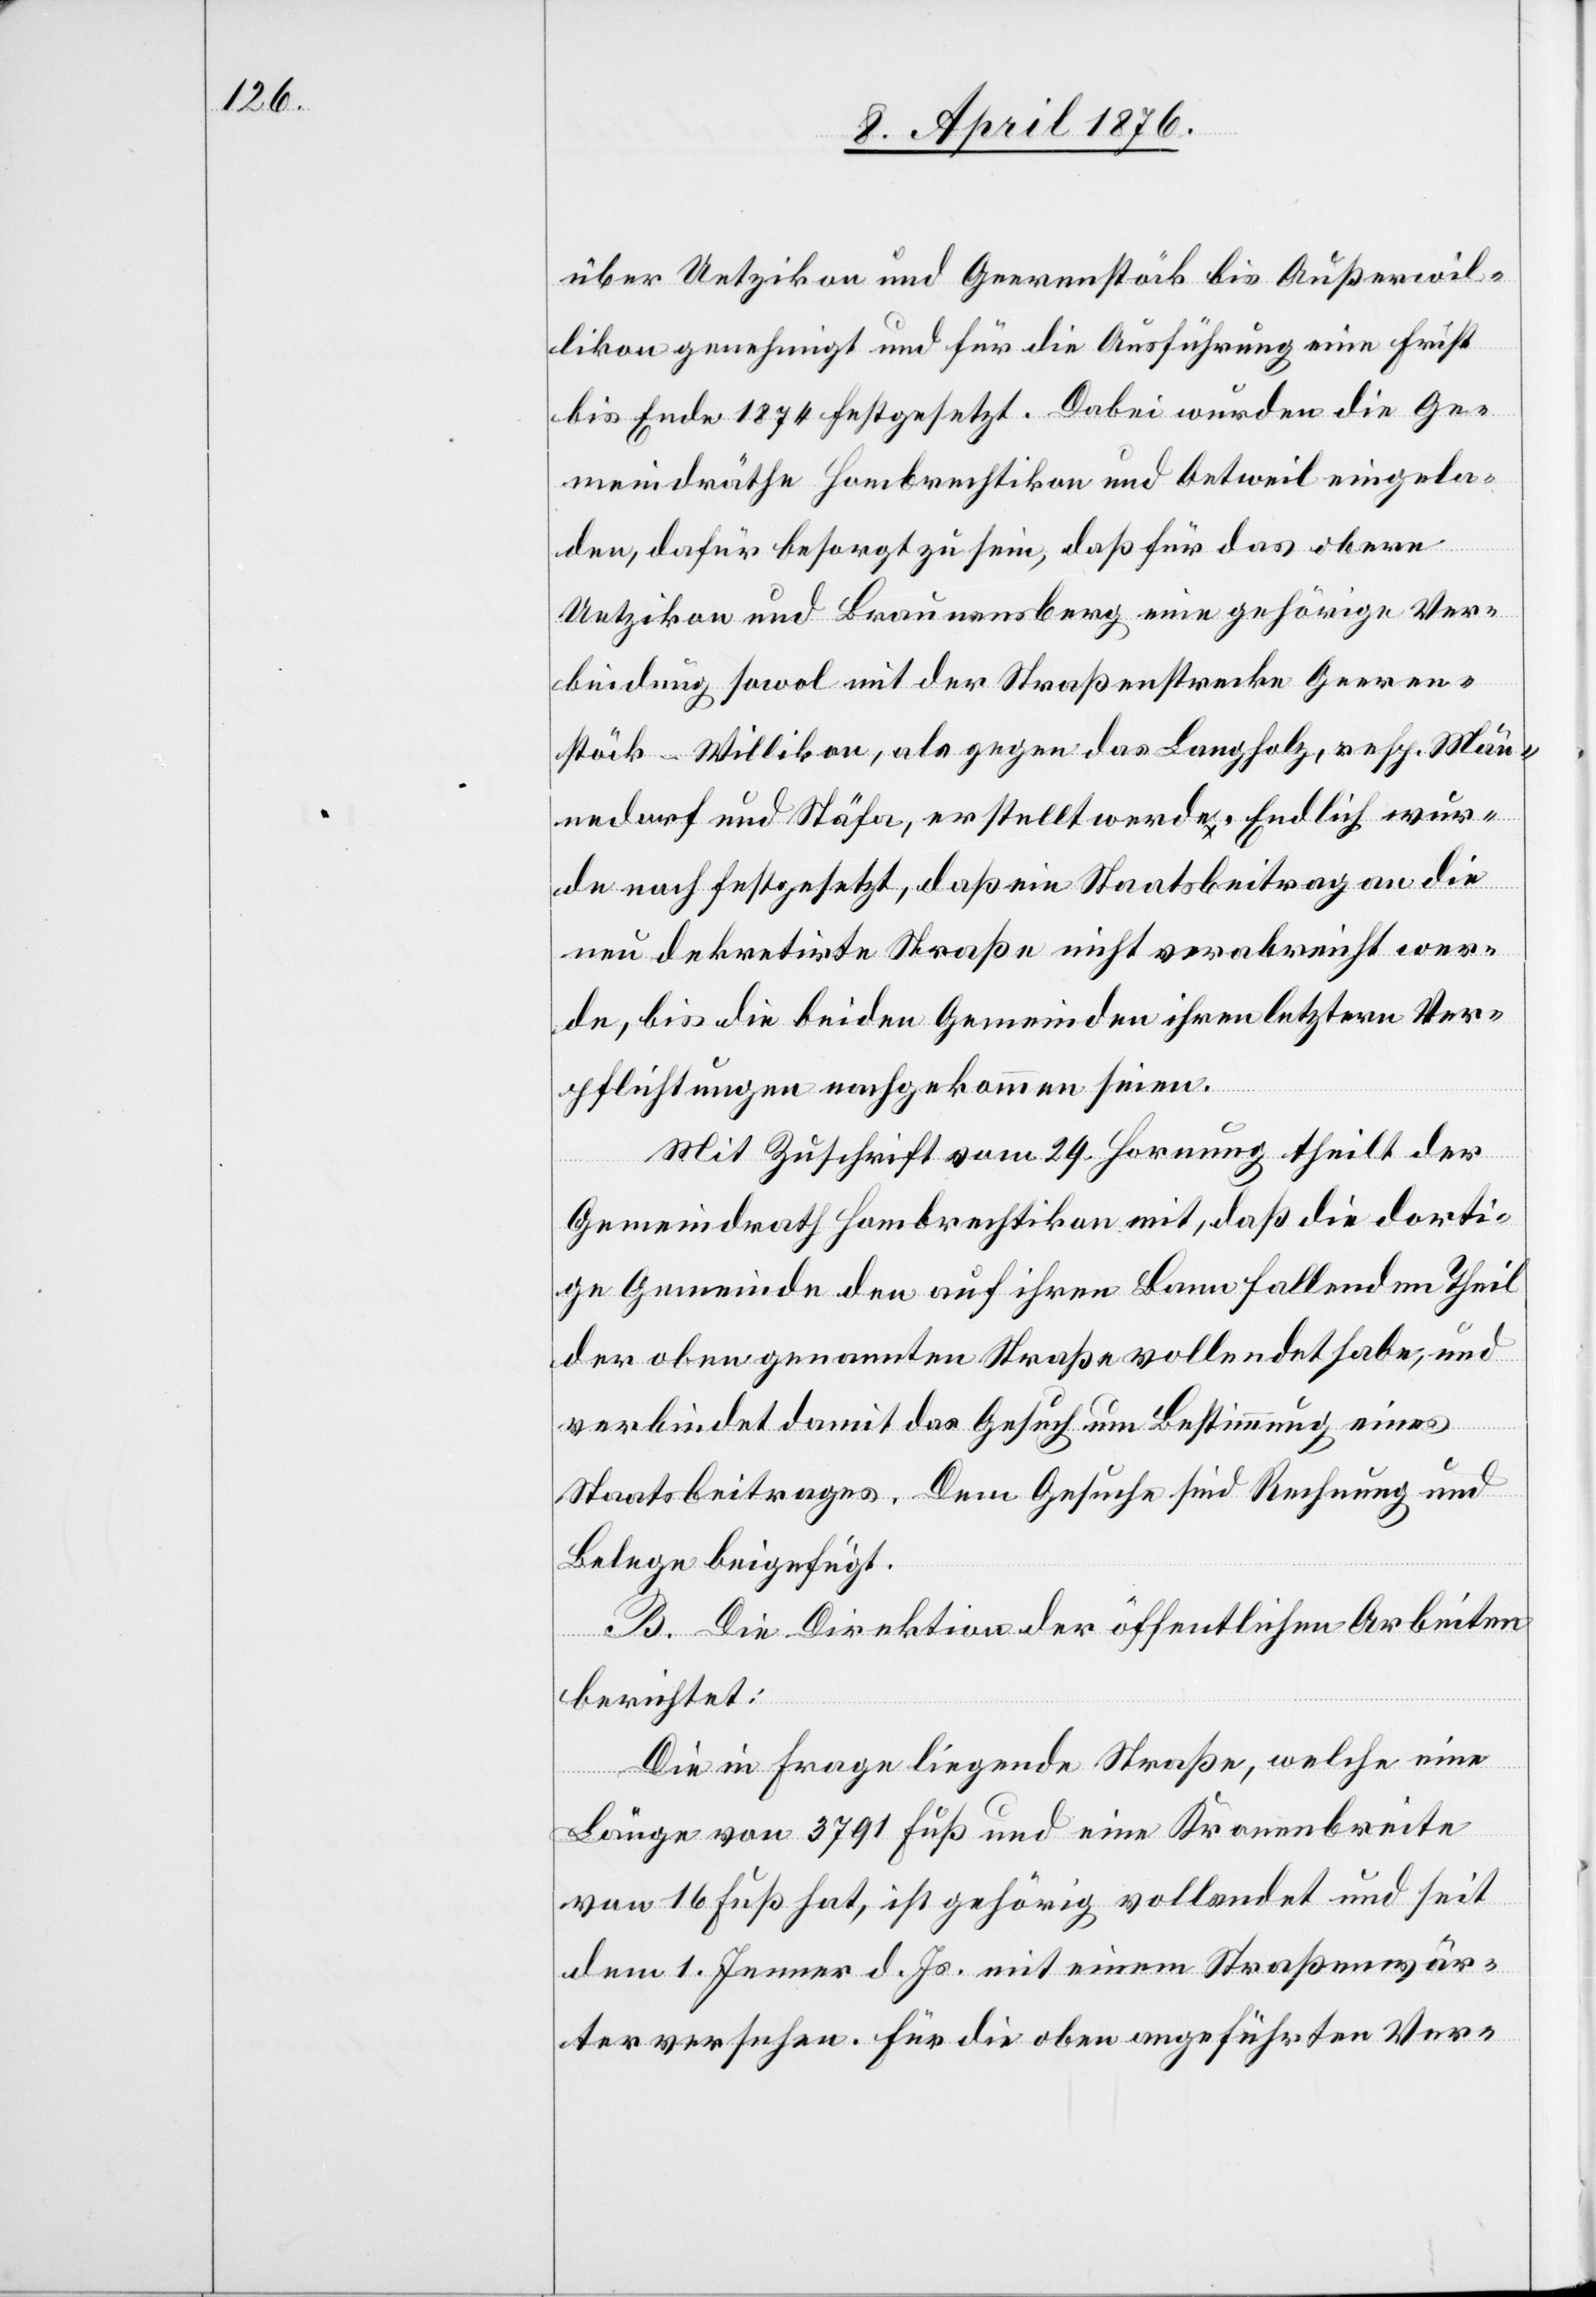
über Uetzikon und Geerenstöck bis Außerwil¬
likon genehmigt und für die Ausführung eine Frist
bis Ende 1874 festgesetzt. Dabei wurden die Ge¬
meindräthe Hombrechtikon und Oetweil eingela¬
ic!] Ver-
den, dafür besorgt zu sein, daß für das obere
Uetzikon und Braunensberg eine gehörige Ver¬
bindung sowol mit der Straßenstrecke Geeren¬
stöck-Willikon, als gegen das Langholz, resp. Män¬
nedorf und Stäfa, erstellt werde. Endlich wur¬
de noch festgesetzt, das ein Staatsbeitrag an die
neu dekretirte Straße nicht verabreicht wer¬
de, bis die beiden Gemeinden ihren letztern Ver¬
pflichtungen nachgekommen seien.
Mit Zuschrift vom 29. Hornung theilt der
Gemeindrath Hombrechtikon mit, daß die dorti¬
ge Gemeinde den auf ihren Bann fallenden Theil
der oben genannten Straße vollendet habe, und
verbindet damit das Gesuch um Bestimmung eines
Staatsbeitrages. Dem Gesuche sind Rechnung und
Belege beigefügt.
B. Die Direktion der öffentlichen Arbeiten
berichtet:
Die in Frage liegende Straße, welche eine
Länge von 3791 Fuß und eine Kronenbreite
von 16 Fuß hat, ist gehörig vollendet und seit
dem 1. Jenner d. Js. mit einem Straßenwär¬
ter versehen. Für die oben angeführten [s¬